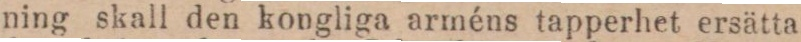
ning skall den kongliga arméns tapperhet ersätta